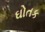
ઘોતક